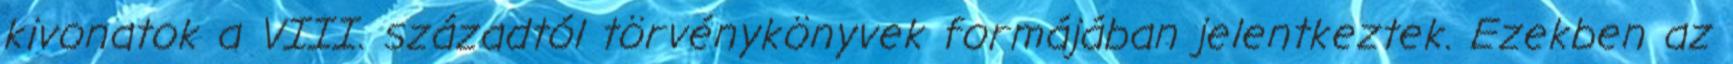
kivonatok a VIII. századtól törvénykönyvek formájában jelentkeztek. Ezekben az